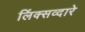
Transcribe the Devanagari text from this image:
लिंक्सव्दारे